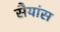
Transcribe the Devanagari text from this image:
सैयांस